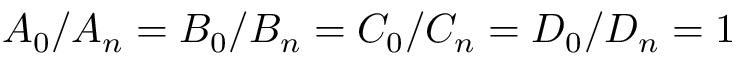
A _ { 0 } / A _ { n } = B _ { 0 } / B _ { n } = C _ { 0 } / C _ { n } = D _ { 0 } / D _ { n } = 1